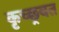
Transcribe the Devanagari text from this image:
कृच्छ्रवत